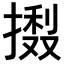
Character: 𢳽